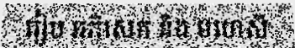
រៀប អភិសេក និង មហេសី